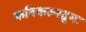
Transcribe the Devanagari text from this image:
कविकल्पद्रुमः